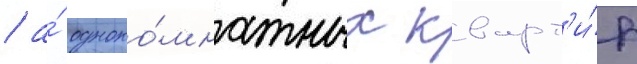
/ а́ одноко́мнатных кварт'и́р